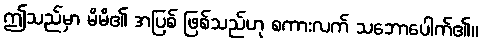
ဤသည်မှာ မိမိ၏ အပြစ် ဖြစ်သည်ဟု စကားလက် သဘောပေါက်၏။